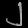
Digit: ၂